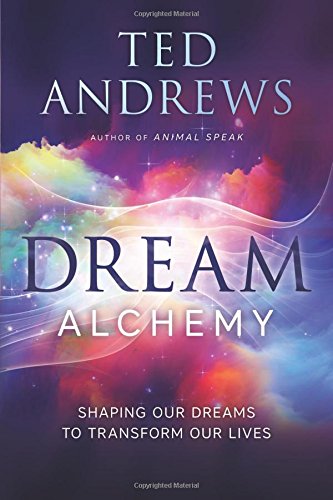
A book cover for Dream Alchemy: Shaping Our Dreams to Transform Our Lives; Ted Andrews; Self-Help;